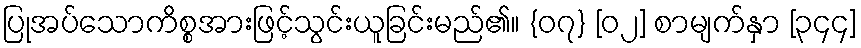
ပြုအပ်သောကိစ္စအားဖြင့်သွင်းယူခြင်းမည်၏။ {၀၇} [၀၂] စာမျက်နှာ [၃၄၄]